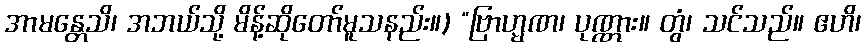
အာမန္တေသိ၊ အဘယ်သို့ မိန့်ဆိုတော်မူသနည်း။) “ဗြာဟ္မဏ၊ ပုဏ္ဏား။ တွံ၊ သင်သည်။ ဧဟိ၊